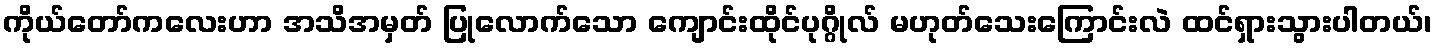
ကိုယ်တော်ကလေးဟာ အသိအမှတ် ပြုလောက်သော ကျောင်းထိုင်ပုဂ္ဂိုလ် မဟုတ်သေးကြောင်းလဲ ထင်ရှားသွားပါတယ်၊